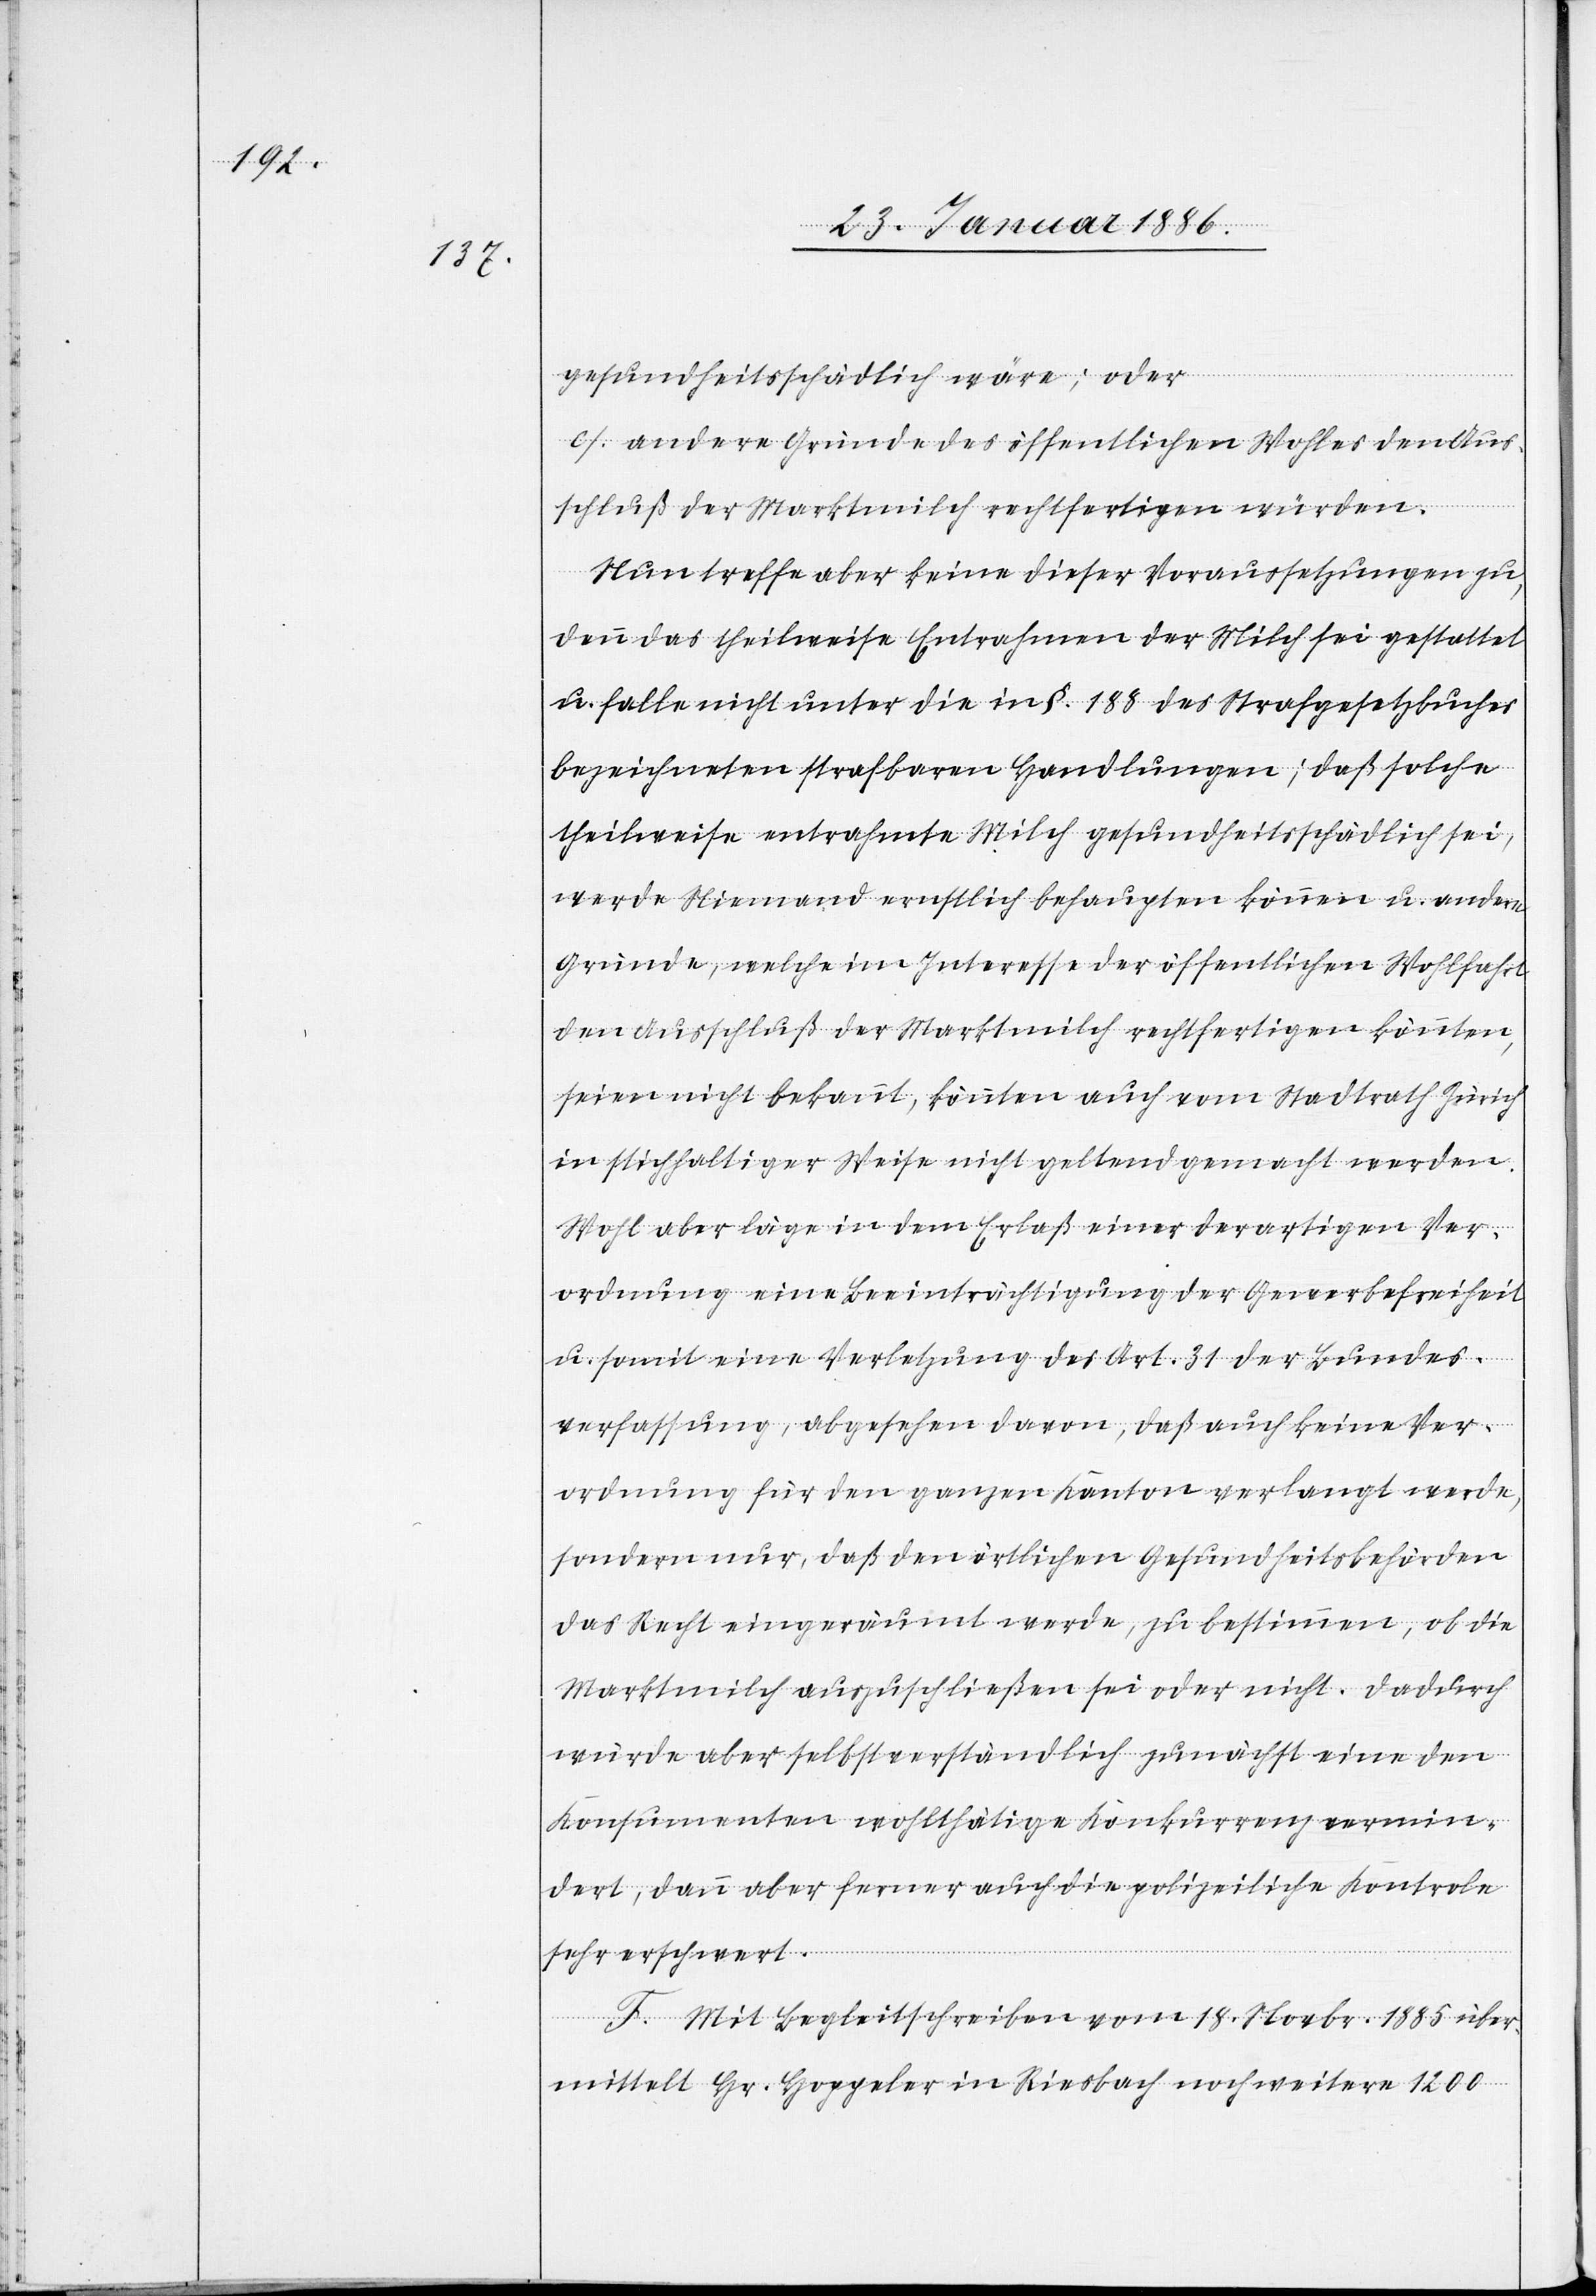
gesundheitsschädlich wäre; oder
c) andere Gründe des öffentlichen Wohles den Aus¬
schluß der Marktmilch rechtfertigen würden.
Nun treffe aber keine dieser Voraussetzungen zu,
denn das theilweise Entrahmen der Milch sei gestattet
u. falle nicht unter die in §. 188 des Strafgesetzbuches
bezeichneten strafbaren Handlungen; daß solche
theilweise entrahmte Milch gesundheitsschädlich sei,
werde Niemand ernstlich behaupten können u. andere
Gründe, welche im Interesse der öffentlichen Wohlfahrt
den Ausschluß der Marktmilch rechtfertigen könnten,
seien nicht bekannt, könnten auch vom Stadtrath Zürich
in stichhaltiger Weise nicht geltend gemacht werden.
Wohl aber läge in dem Erlaß einer derartigen Ver¬
ordnung eine Beeinträchtigung der Gewerbefreiheit
u. somit eine Verletzung des Art. 31 der Bundes¬
verfassung, abgesehen davon, daß auch keine Ver¬
ordnung für den ganzen Kanton verlangt werde,
sondern nur, daß den örtlichen Gesundheitsbehörden
das Recht eingeräumt werde, zu bestimmen, ob die
Marktmilch auszuschließen sei oder nicht. Dadurch
würde aber selbstverständlich zunächst eine den
Konsumenten wohlthätige Konkurrenz vermin¬
dert, dann aber ferner auch die polizeiliche Kontrole
sehr erschwert.
F. Mit Begleitschreiben vom 18. Novbr. 1885 über¬
mittelt Hr. Hoppeler in Riesbach noch weitere 1200